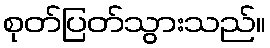
စုတ်ပြတ်သွားသည်။